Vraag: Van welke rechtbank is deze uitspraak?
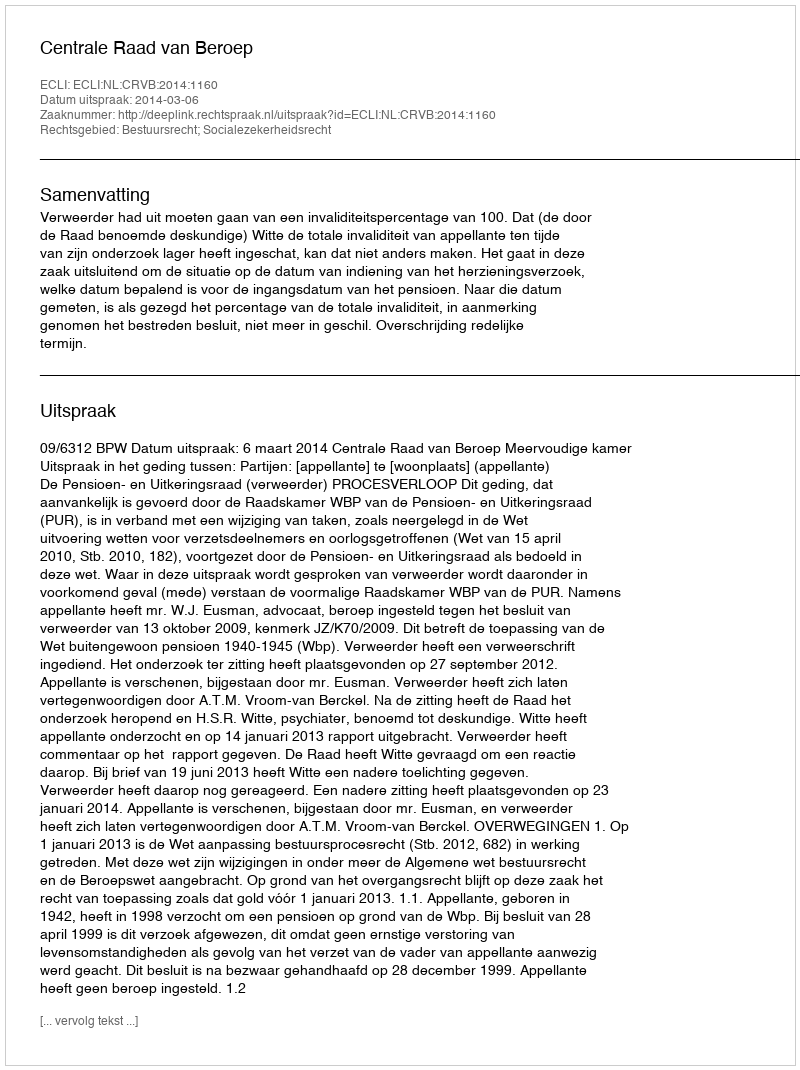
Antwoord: Centrale Raad van Beroep